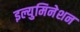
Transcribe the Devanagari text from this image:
इल्युमिनेशन